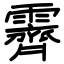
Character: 霽